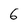
Character: 6